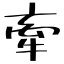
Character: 牽